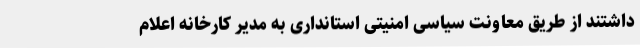
داشتند از طریق معاونت سیاسی امنیتی استانداری به مدیر کارخانه اعلام